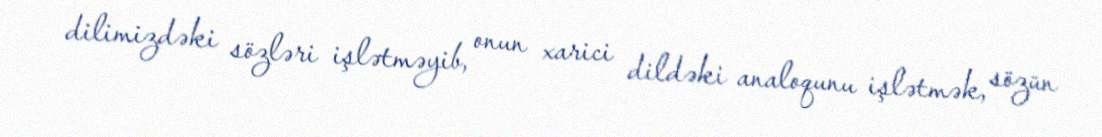
dilimizdəki sözləri işlətməyib, onun xarici dildəki analoqunu işlətmək, sözün